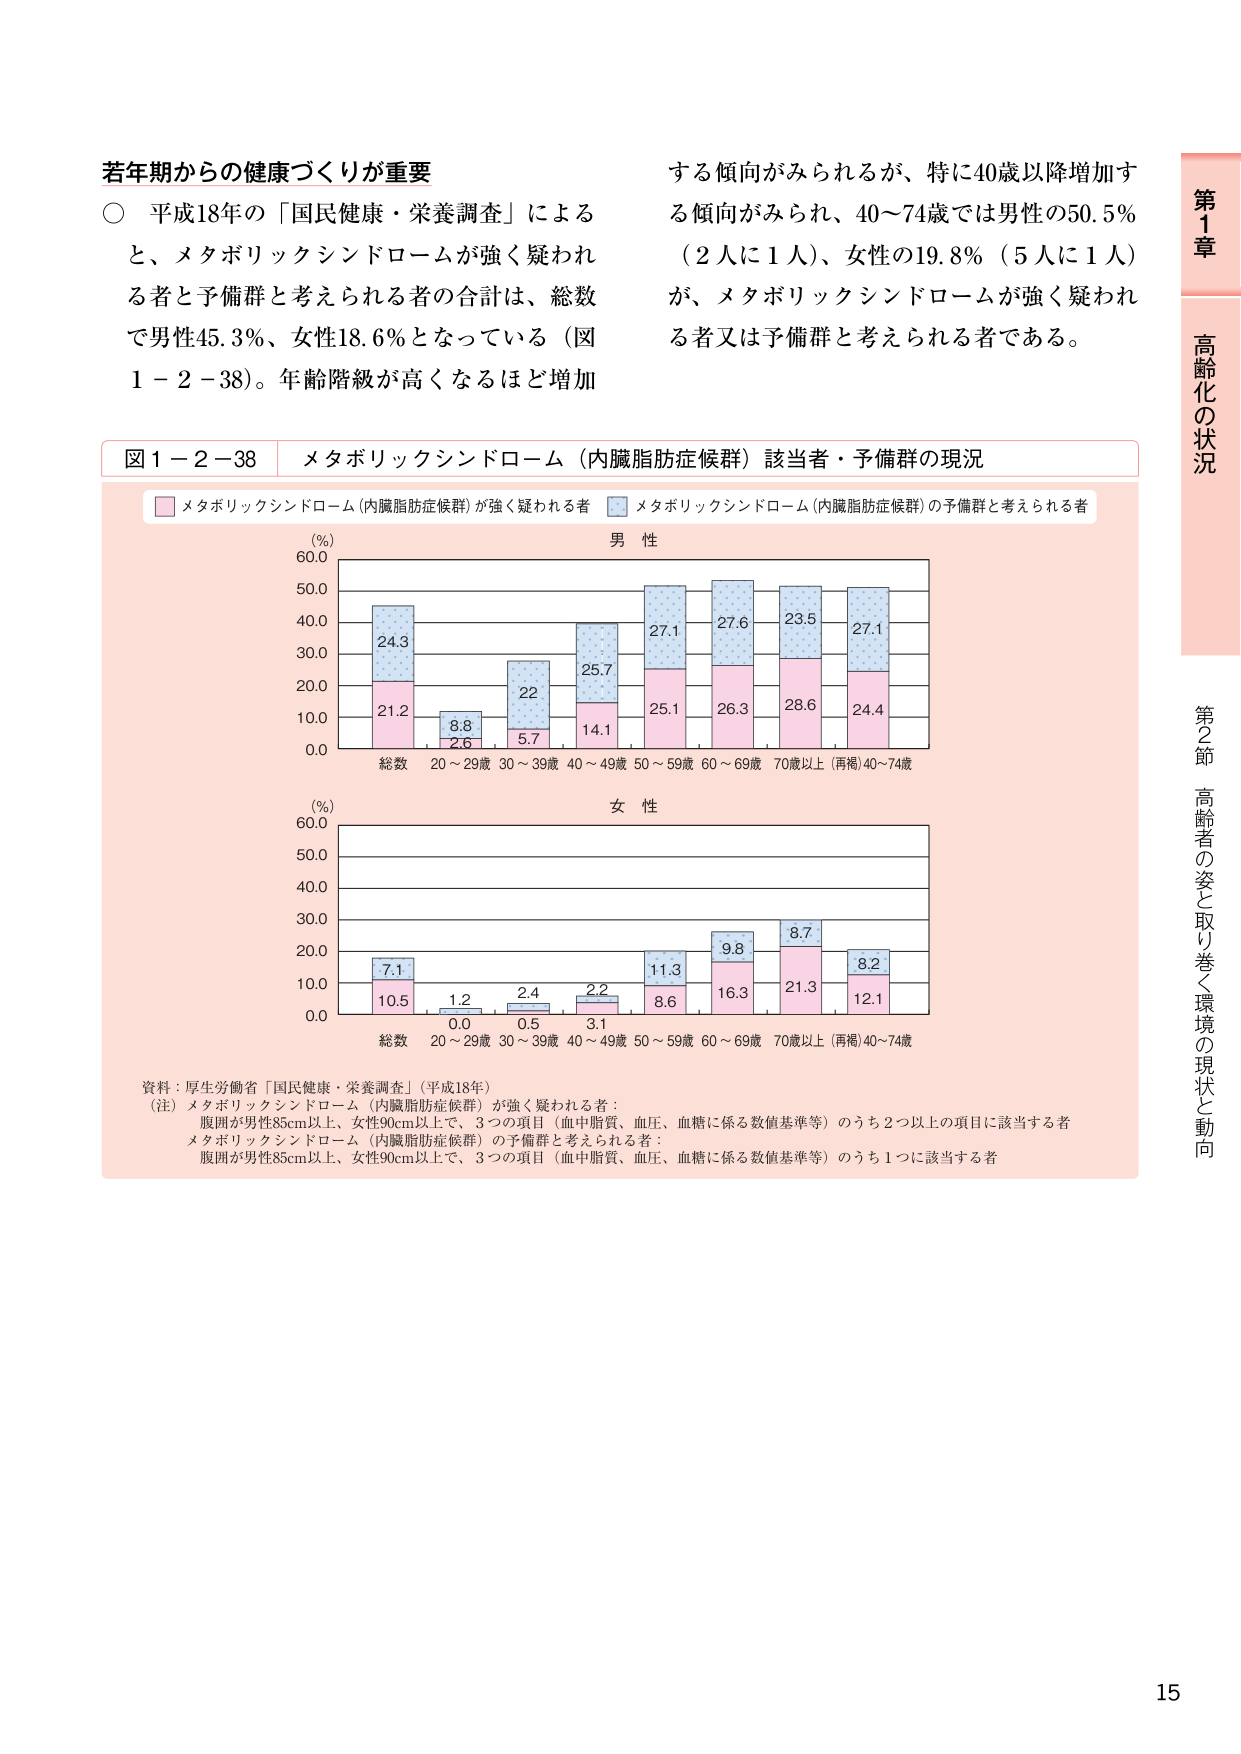
若年期からの健康づくりが重要
○ 平成18年の「国民健康・栄養調査」によると、メタボリックシンドロームが強く疑われる者と予備群と考えられる者の合計は、総数で男性45.3％、女性18.6％となっている（図1－2－38）。年齢階級が高くなるほど増加する傾向がみられるが、特に40歳以降増加する傾向がみられ、40～74歳では男性の50.5％（2人に1人）、女性の19.8％（5人に1人）が、メタボリックシンドロームが強く疑われる者又は予備群と考えられる者である。

図1－2－38 メタボリックシンドローム（内臓脂肪症候群）該当者・予備群の現況
■ メタボリックシンドローム（内臓脂肪症候群）が強く疑われる者
■ メタボリックシンドローム（内臓脂肪症候群）の予備群と考えられる者

（％）
男性
60.0
50.0
40.0
30.0
20.0
10.0
0.0
総数 20～29歳 30～39歳 40～49歳 50～59歳 60～69歳 70歳以上（再掲）40～74歳
24.3
21.2
8.8
2.6
22
5.7
25.7
14.1
27.1
25.1
27.6
26.3
23.5
28.6
27.1
24.4

（％）
女性
60.0
50.0
40.0
30.0
20.0
10.0
0.0
総数 20～29歳 30～39歳 40～49歳 50～59歳 60～69歳 70歳以上（再掲）40～74歳
7.1
10.5
0.0
1.2
0.5
2.4
3.1
2.2
11.3
8.6
9.8
16.3
8.7
21.3
8.2
12.1

資料：厚生労働省「国民健康・栄養調査」（平成18年）
（注）メタボリックシンドローム（内臓脂肪症候群）が強く疑われる者：
腹囲が男性85cm以上、女性90cm以上で、3つの項目（血中脂質、血圧、血糖に係る数値基準等）のうち2つ以上の項目に該当する者
メタボリックシンドローム（内臓脂肪症候群）の予備群と考えられる者：
腹囲が男性85cm以上、女性90cm以上で、3つの項目（血中脂質、血圧、血糖に係る数値基準等）のうち1つに該当する者

第1章 高齢化の状況
第2節 高齢者の姿と取り巻く環境の現状と動向
15